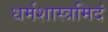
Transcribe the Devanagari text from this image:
धर्मशास्त्रमिदं